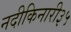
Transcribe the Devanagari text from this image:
नदीकिनारी३५